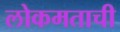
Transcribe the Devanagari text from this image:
लोकमताची